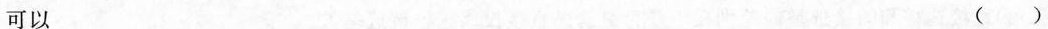
可以 ( )